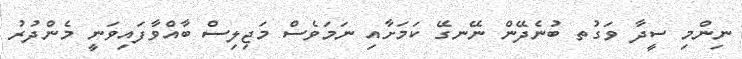
ނިންމި ސީދާ ވަގުތ ބުނެދޭން ނޭނގޭ ކަމަށާއި ނަމަވެސް މަޖިލިސް ބާއްވާފައިވަނީ މެންދުރު